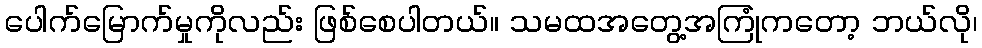
ပေါက်မြောက်မှုကိုလည်း ဖြစ်စေပါတယ်။ သမထအတွေ့အကြုံကတော့ ဘယ်လို၊